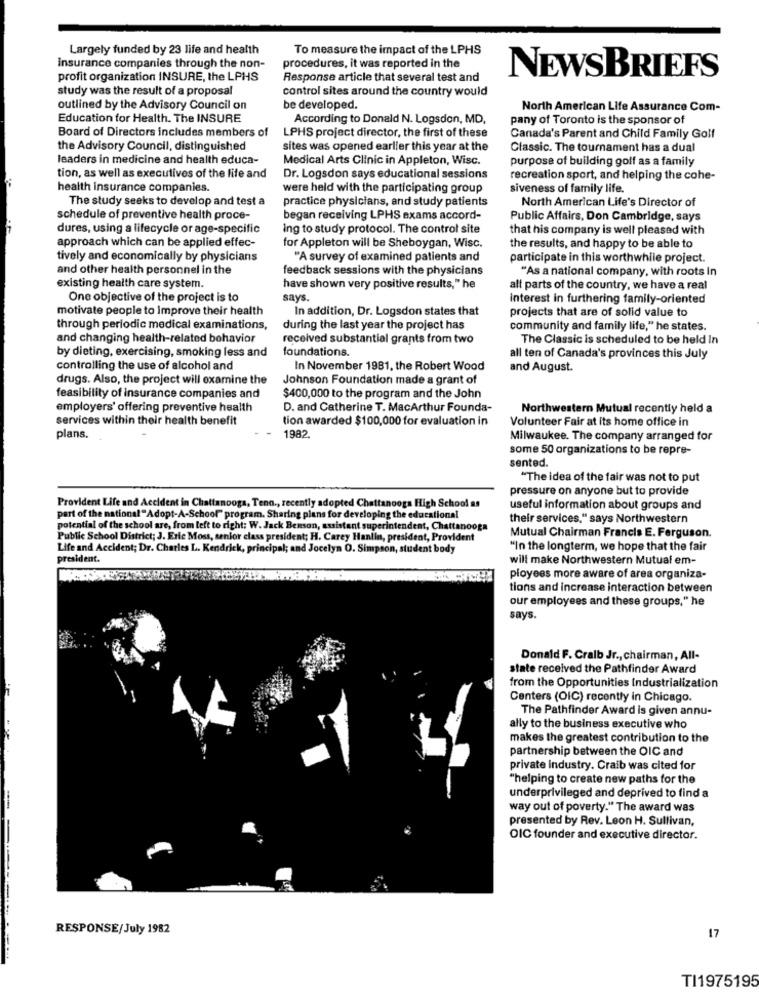
Largely funded by 23 life and health
To measure the impact of the LPHS
insurance companies through the non-
procedures, it was reported in the
profit organization INSURE, the LPHS
Response article that several test and
NEWSBRIEFS
study was the result of a proposal
control sites around the country would
outlined by the Advisory Council on
be developed.
North American Life Assurance Com-
Education for Health. The INSURE
According to Donald N. Logsdon, MD,
pany of Toronto is the sponsor of
Board of Directors includes members of
LPHS project director, the first of these
Canada's Parent and Child Family Golf
the Advisory Council, distinguished
sites was opened earlier this year at the
Classic. The tournament has a dual
leaders in medicine and health educa-
Medical Arts Clinic in Appleton, Wisc.
purpose of building golf as a family
tion, as well as executives of the life and
Dr. Logsdon says educational sessions
recreation sport, and helping the cohe-
health insurance companies.
were held with the participating group
siveness of family life.
The study seeks to develop and test a
practice physicians, and study patients
North American Life's Director of
schedule of preventive health proce-
began receiving LPHS exams accord-
Public Affairs, Don Cambridge, says
dures, using a lifecycle or age-specific
ing to study protocol. The control site
that his company is well pleased with
approach which can be applied effec-
for Appleton will be Sheboygan, Wisc.
the results, and happy to be able to
tively and economically by physicians
"A survey of examined patients and
participate in this worthwhile project.
and other health personnel in the
feedback sessions with the physicians
"As a national company, with roots In
existing health care system.
have shown very positive results," he
alt parts of the country, we have a real
One objective of the project is to
says.
Interest in furthering family-oriented
motivate people to Improve their health
In addition, Dr. Logsdon states that
projects that are of solid value to
through periodic medical examinations,
during the last year the project has
community and family life," he states.
and changing health-related behavior
received substantial grants from two
The Classic is scheduled to be held In
foundations.
by dieting, exercising, smoking less and
all ten of Canada's provinces this July
controlling the use of alcohol and
In November 1981, the Robert Wood
and August.
drugs. Also, the project will examine the
Johnson Foundation made a grant of
feasibility of insurance companies and
$400,000 to the program and the John
employers' offering preventive health
D. and Catherine T. MacArthur Founda-
Northwestern Mutual recently held a
services within their health benefit
tion awarded $100,000 for evaluation in
Volunteer Fair at its home office in
plans.
1982.
Milwaukee. The company arranged for
some 50 organizations to be repre-
sented.
"The idea of the fair was not to put
pressure on anyone but to provide
Provident Life and Accident in Chattanooga, Tenn ., recently adopted Chattanooga High School as
useful information about groups and
part of the national "Adopt-A-School" program. Sharing plans for developing the educational
their services," says Northwestern
potential of the school are, from left to right: W. Jack Benson, assistant superintendent, Chattanooga
Public School District; J. Eric Moss, senior class president; H. Carey Hanlin, president, Provident
Mutual Chairman Francis E. Ferguson.
Life and Accident; Dr. Charles L. Kendrick, principal; and Jocelyn O. Simpson, student body
"In the longterm, we hope that the fair
president.
will make Northwestern Mutual em-
ployees more aware of area organiza-
tions and increase interaction between
our employees and these groups," he
says.
Donald F. Cralb Jr ., chairman, All-
state received the Pathfinder Award
from the Opportunities Industrialization
Centers (OIC) recently in Chicago.
The Pathfinder Award is given annu-
ally to the business executive who
makes the greatest contribution to the
partnership between the OIC and
private industry. Craib was cited for
"helping to create new paths for the
underprivileged and deprived to find a
way out of poverty." The award was
presented by Rev. Leon H. Sullivan,
OIC founder and executive director.
RESPONSE/July 1982
17
TI1975195